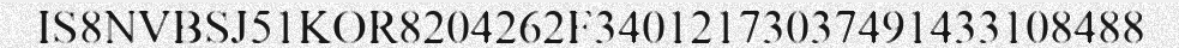
IS8NVBSJ51KOR8204262F34012173037491433108488